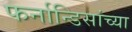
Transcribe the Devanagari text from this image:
फर्नान्डिसांच्या